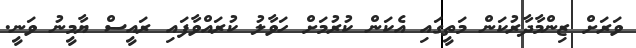
ވަރަށް ޒިންމާދާރުކަން މަތީގައި އެކަން ކުރުމަށް ހަވާލު ކުރައްވާފައި ރައީސް ޔާމީނު ވަނީ.